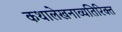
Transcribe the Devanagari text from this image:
कथालेखनाव्यतिरिक्त